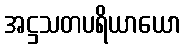
အဋ္ဌသတပရိယာယော